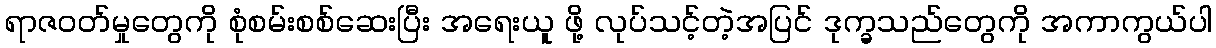
ရာဇဝတ်မှုတွေကို စုံစမ်းစစ်ဆေးပြီး အရေးယူ ဖို့ လုပ်သင့်တဲ့အပြင် ဒုက္ခသည်တွေကို အကာကွယ်ပါ